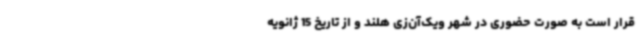
قرار است به صورت حضوری در شهر ویک‌آن‌زی هلند و از تاریخ 15 ژانویه